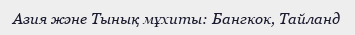
Азия және Тынық мұхиты: Бангкок, Тайланд